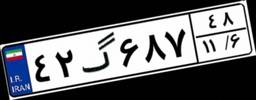
۴۲گ۶۸۷۴۸